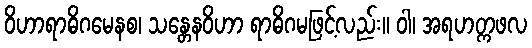
ဝိဟာရာဓိဂမေနစ၊ သန္တေနဝိဟာ ရာဓိဂမဖြင့်လည်း။ ဝါ၊ အရဟတ္ကဖလ